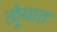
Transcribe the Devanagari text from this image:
तोर्‍यात